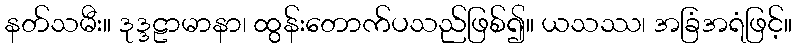
နတ်သမီး။ ဒုဒ္ဒဠာမာနာ၊ ထွန်းတောက်ပသည်ဖြစ်၍။ ယသဿ၊ အခြံအရံဖြင့်။